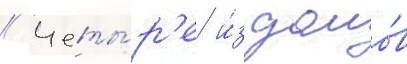
// Четы́р'е и́з домо́в